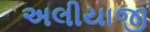
અલીયાજી